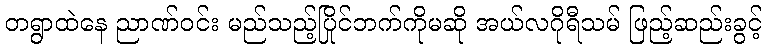
တရွာထဲနေ ညာဏ်ဝင်း မည်သည့်ပြိုင်ဘက်ကိုမဆို အယ်လဂိုရီသမ် ဖြည့်ဆည်းခွင့်